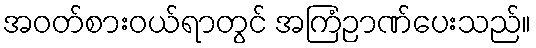
အဝတ်စားဝယ်ရာတွင် အကြံဉာဏ်ပေးသည်။